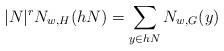
LaTeX: \begin{align*}|N|^{r}N_{w,H}(hN)=\sum_{y\in hN}N_{w,G}(y)\end{align*}